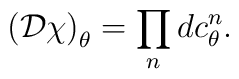
\left({\cal D}\chi\right)_\theta = \prod_n dc^n_\theta.